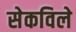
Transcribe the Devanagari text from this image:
सेकविले